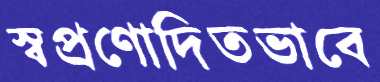
স্বপ্রণোদিতভাবে